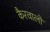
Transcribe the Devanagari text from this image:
कैरवालों